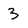
Character: 3